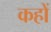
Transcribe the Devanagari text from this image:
कहों